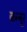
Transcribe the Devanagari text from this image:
कन्‍नूर